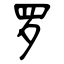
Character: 罗